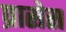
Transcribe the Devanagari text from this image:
प्रासेस